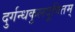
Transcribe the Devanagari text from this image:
दुर्गन्धकुलदूषितम्